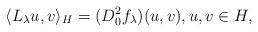
LaTeX: \begin{align*}\langle L_\lambda u,v\rangle_H=(D^2_0f_\lambda)(u,v),u,v\in H,\end{align*}